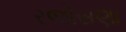
રજોસણા